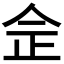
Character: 佱